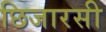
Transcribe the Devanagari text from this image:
छिजारसी